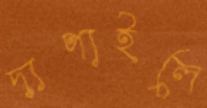
দাপাইলে